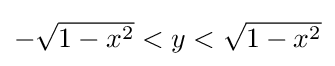
\textstyle -{\sqrt {1-x^{2}}}<y<{\sqrt {1-x^{2}}}